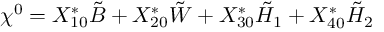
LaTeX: \chi ^ { 0 } = X _ { 1 0 } ^ { * } \tilde { B } + X _ { 2 0 } ^ { * } \tilde { W } + X _ { 3 0 } ^ { * } \tilde { H } _ { 1 } + X _ { 4 0 } ^ { * } \tilde { H } _ { 2 }